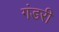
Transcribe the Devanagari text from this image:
गंडरी